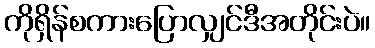
ကိုရှိန်စကားပြောလျှင်ဒီအတိုင်းပဲ။